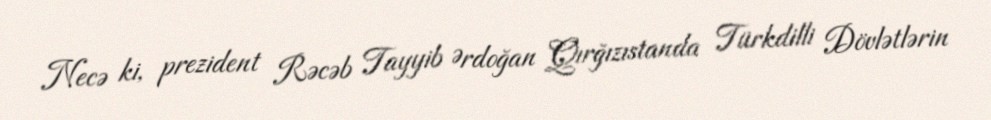
Necə ki, prezident Rəcəb Tayyib Ərdoğan Qırğızıstanda Türkdilli Dövlətlərin